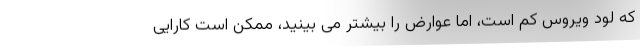
که لود ویروس کم است، اما عوارض را بیشتر می بینید، ممکن است کارایی